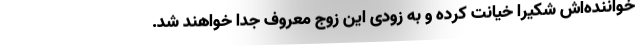
خواننده‌اش شکیرا خیانت کرده و به زودی این زوج معروف جدا خواهند شد.